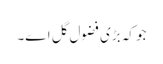
جو کہ بڑی فضول گل اے۔